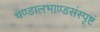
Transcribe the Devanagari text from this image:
चण्डालभाण्डसंस्पृष्टं